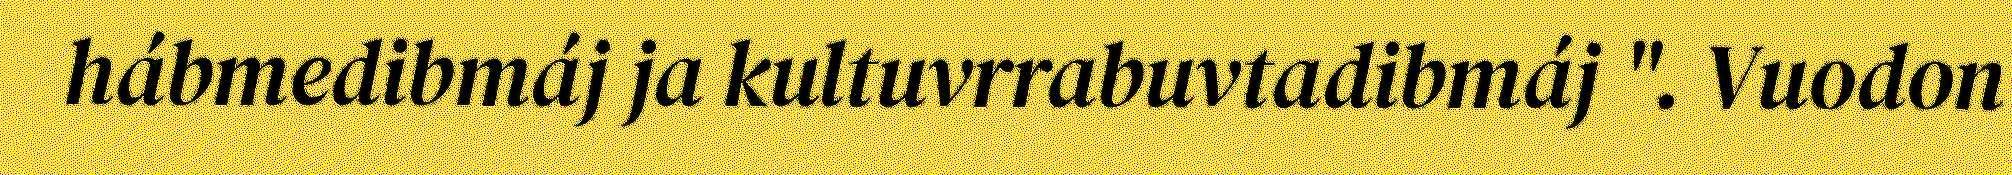
hábmedibmáj ja kultuvrrabuvtadibmáj ". Vuodon